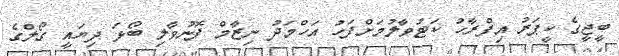
ބީޖީގެ ކީޕަރު އިފްރާހު ކަޓުވާލުމަށްފަހު އަހްމަދު ނިޒާމް ފޮނުވާލި ބޯޅަ ދިޔައީ ގޯލްގެ